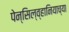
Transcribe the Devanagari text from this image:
पेन्सिल्व्हानियाच्या